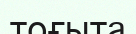
тоғыта